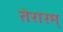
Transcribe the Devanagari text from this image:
तेरारम्‌